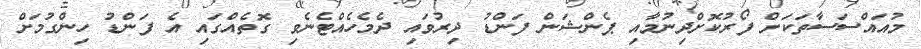
މުއައްސަސާތަކަށް ފޯރުކޮށްދިނުމާއި ޕެންޝަން ފަންޑު ދިރުވައި ދެމެހެއްޓެނެވި ގޮތެއްގައި އެ ފަންޑު ހިންގުމަށް